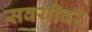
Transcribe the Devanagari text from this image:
सवयीवर